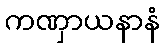
ကဏှာယနာနံ